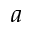
a